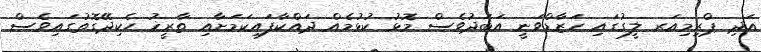
އަދި ޕްރިމިއަރ ލީގުގައި ހަޒާޑްވަނީ އަބަދުވެސް މޮޅު ކުޅުމެއް ދައްކާފައިކަމަށާއި ތާރީޚު ހެކިދޭގޮތުގައިވެސް